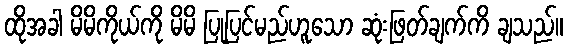
ထိုအခါ မိမိကိုယ်ကို မိမိ ပြုပြင်မည်ဟူသော ဆုံးဖြတ်ချက်ကိ ချသည်။